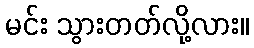
မင်း သွားတတ်လို့လား။